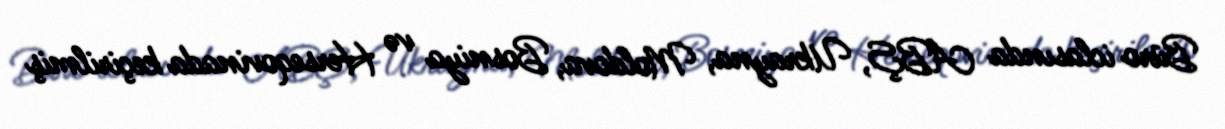
Büro iclasında ABŞ, Ukrayna, Moldova, Bosniya və Herseqovinada keçirilmiş